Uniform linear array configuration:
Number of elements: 64
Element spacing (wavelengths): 1
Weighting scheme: exponential
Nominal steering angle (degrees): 45
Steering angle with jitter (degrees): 44.213
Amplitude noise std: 0.05
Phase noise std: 0.05

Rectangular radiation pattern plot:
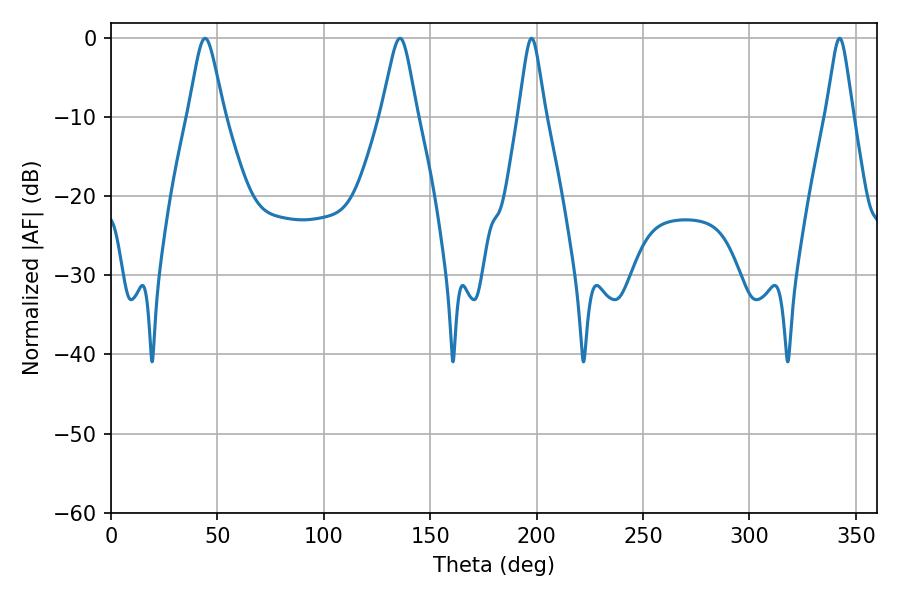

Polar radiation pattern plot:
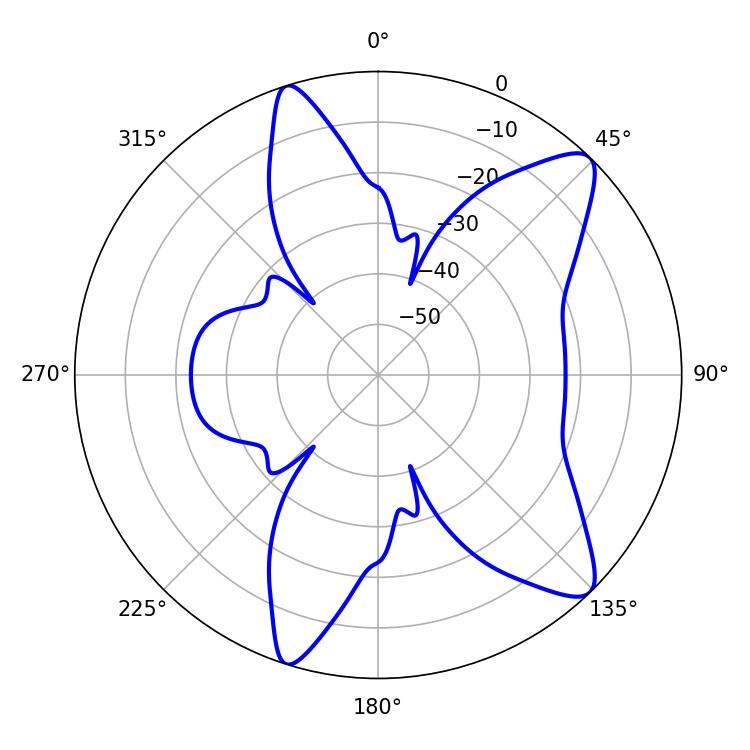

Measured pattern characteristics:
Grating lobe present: TRUE
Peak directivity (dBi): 10.792
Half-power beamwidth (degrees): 6.12
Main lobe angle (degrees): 342.36